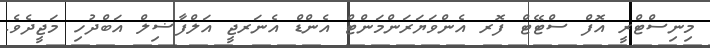
މިނިސްޓްރީ އޮފް ސްޓޭޓް ފޮރ އެންވަޔަރަންމަންޓް އެންޑް އެނަރޖީ އަލްފާޟިލް އަބްދުހި މަޖީދެވެ.